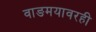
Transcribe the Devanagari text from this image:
वाङमयावरही